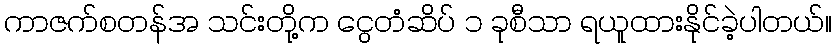
ကာဇက်စတန်အ သင်းတို့က ငွေတံဆိပ် ၁ ခုစီသာ ရယူထားနိုင်ခဲ့ပါတယ်။